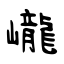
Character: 巄